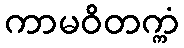
ကာမဝိတက္ကံ